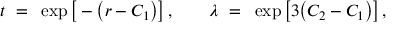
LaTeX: t ~ = ~ \exp \big [ - \big ( r - C _ { 1 } \big ) \big ] \, , \qquad \lambda ~ = ~ \exp \big [ 3 \big ( C _ { 2 } - C _ { 1 } \big ) \big ] \, ,